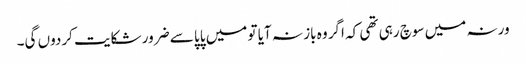
ورنہ میں سوچ رہی تھی کہ اگر وہ باز نہ آیا تو میں پاپا سے ضرور شکایت کردوں گی۔